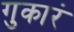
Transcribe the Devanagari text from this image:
गुकारं